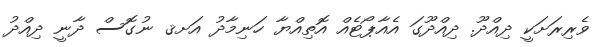
ވެރިރަށަކީ ދިއްދޫ. ދިއްދޫގަ އެއާޕޯޓެއް އޮތިއްޔާ ހަނިމާދު އަށޤ ނުގޮސް ދާނީ ދިއްދު